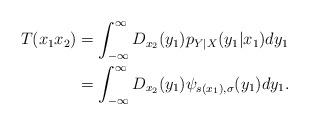
LaTeX: \begin{align*} T(x_1x_2) &=\int_{-\infty}^{\infty}D_{x_2}(y_1)p_{Y|X}(y_1|x_1)dy_1\\&=\int_{-\infty}^{\infty}D_{x_2}(y_1)\psi_{s(x_1),\sigma}(y_1)dy_1.\end{align*}